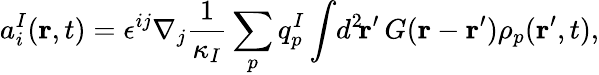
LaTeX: a_{i}^{I}({\mathbf r},t)=\epsilon^{ij}\nabla_{j}\frac{1}{\kappa_{I}}\sum_{p}q_{p}^{I}\int\! d^{2}\! {\mathbf r}^{\prime}\, G({\mathbf r}-{\mathbf r}^{\prime})\rho_{p}({\mathbf r}^{\prime},t),